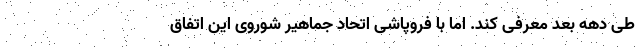
طی دهه بعد معرفی کند. اما با فروپاشی اتحاد جماهیر شوروی این اتفاق